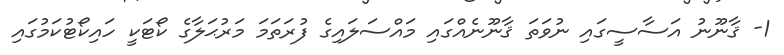
1- ޤާނޫނު އަސާސީގައި ނުވަތަ ޤާނޫނެއްގައި މައްސަލައިގެ ފުރަތަމަ މަރުޙަލާގެ ކޯޓަކީ ހައިކޯޓުކަމުގައި